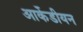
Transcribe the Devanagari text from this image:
आर्केडीयन